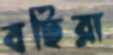
বছিরা